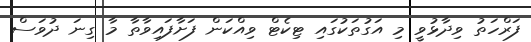
ފަރްހަތު ވިދާޅުވީ މި އަގުތަކުގައި ޓިކެޓް ވިއްކަން ފަށާފައިވާތާ މާ ގިނަ ދުވަސް